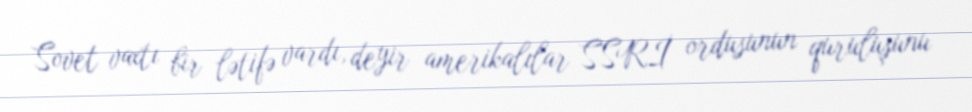
Sovet vaxtı bir lətifə vardı, deyir amerikalılar SSRİ ordusunun quruluşunu